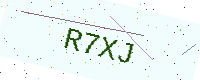
Text: R7XJ